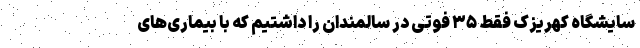
سایشگاه کهریزک فقط ۳۵ فوتی در سالمندان را داشتیم که با بیماری‌های